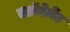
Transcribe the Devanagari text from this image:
एटॉनेमेंट